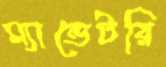
ম্যান্ডেটরি